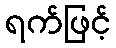
ရက်ဖြင့်